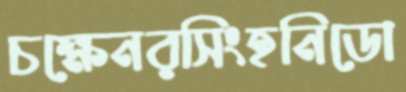
চক্ষেনরসিংহনিডো